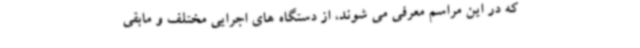
که در این مراسم معرفی می شوند، از دستگاه های اجرایی مختلف و مابقی